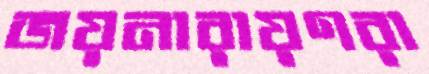
জয়নারায়ণরা